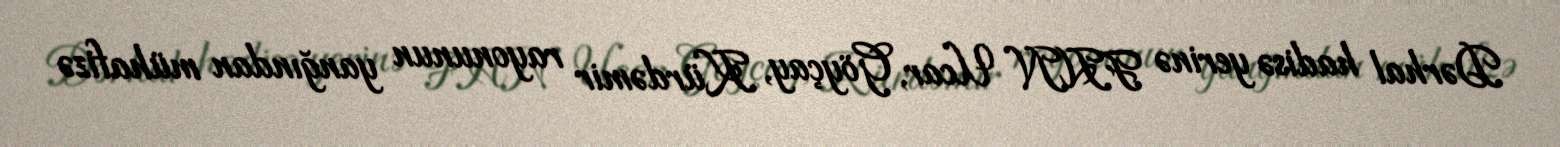
Dərhal hadisə yerinə FHN Ucar, Göyçay, Kürdəmir rayonunun yanğından mühafizə